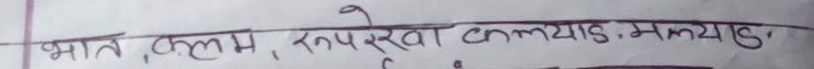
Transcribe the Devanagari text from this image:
भात, कलम, रुपरेखा कल्याण. कल्याण.